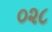
૦૨૮